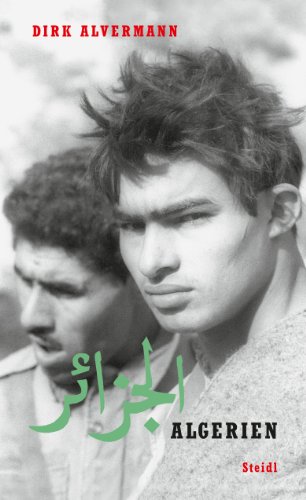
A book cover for Dirk Alvermann: Algeria; History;